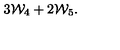
3 { \cal W } _ { 4 } + 2 { \cal W } _ { 5 } .